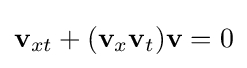
\displaystyle {\mathbf {v} }_{xt}+({\mathbf {v} }_{x}{\mathbf {v} }_{t}){\mathbf {v} }=0